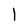
Character: l